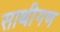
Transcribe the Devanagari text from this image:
साथीगण